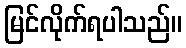
မြင်လိုက်ရပါသည်။